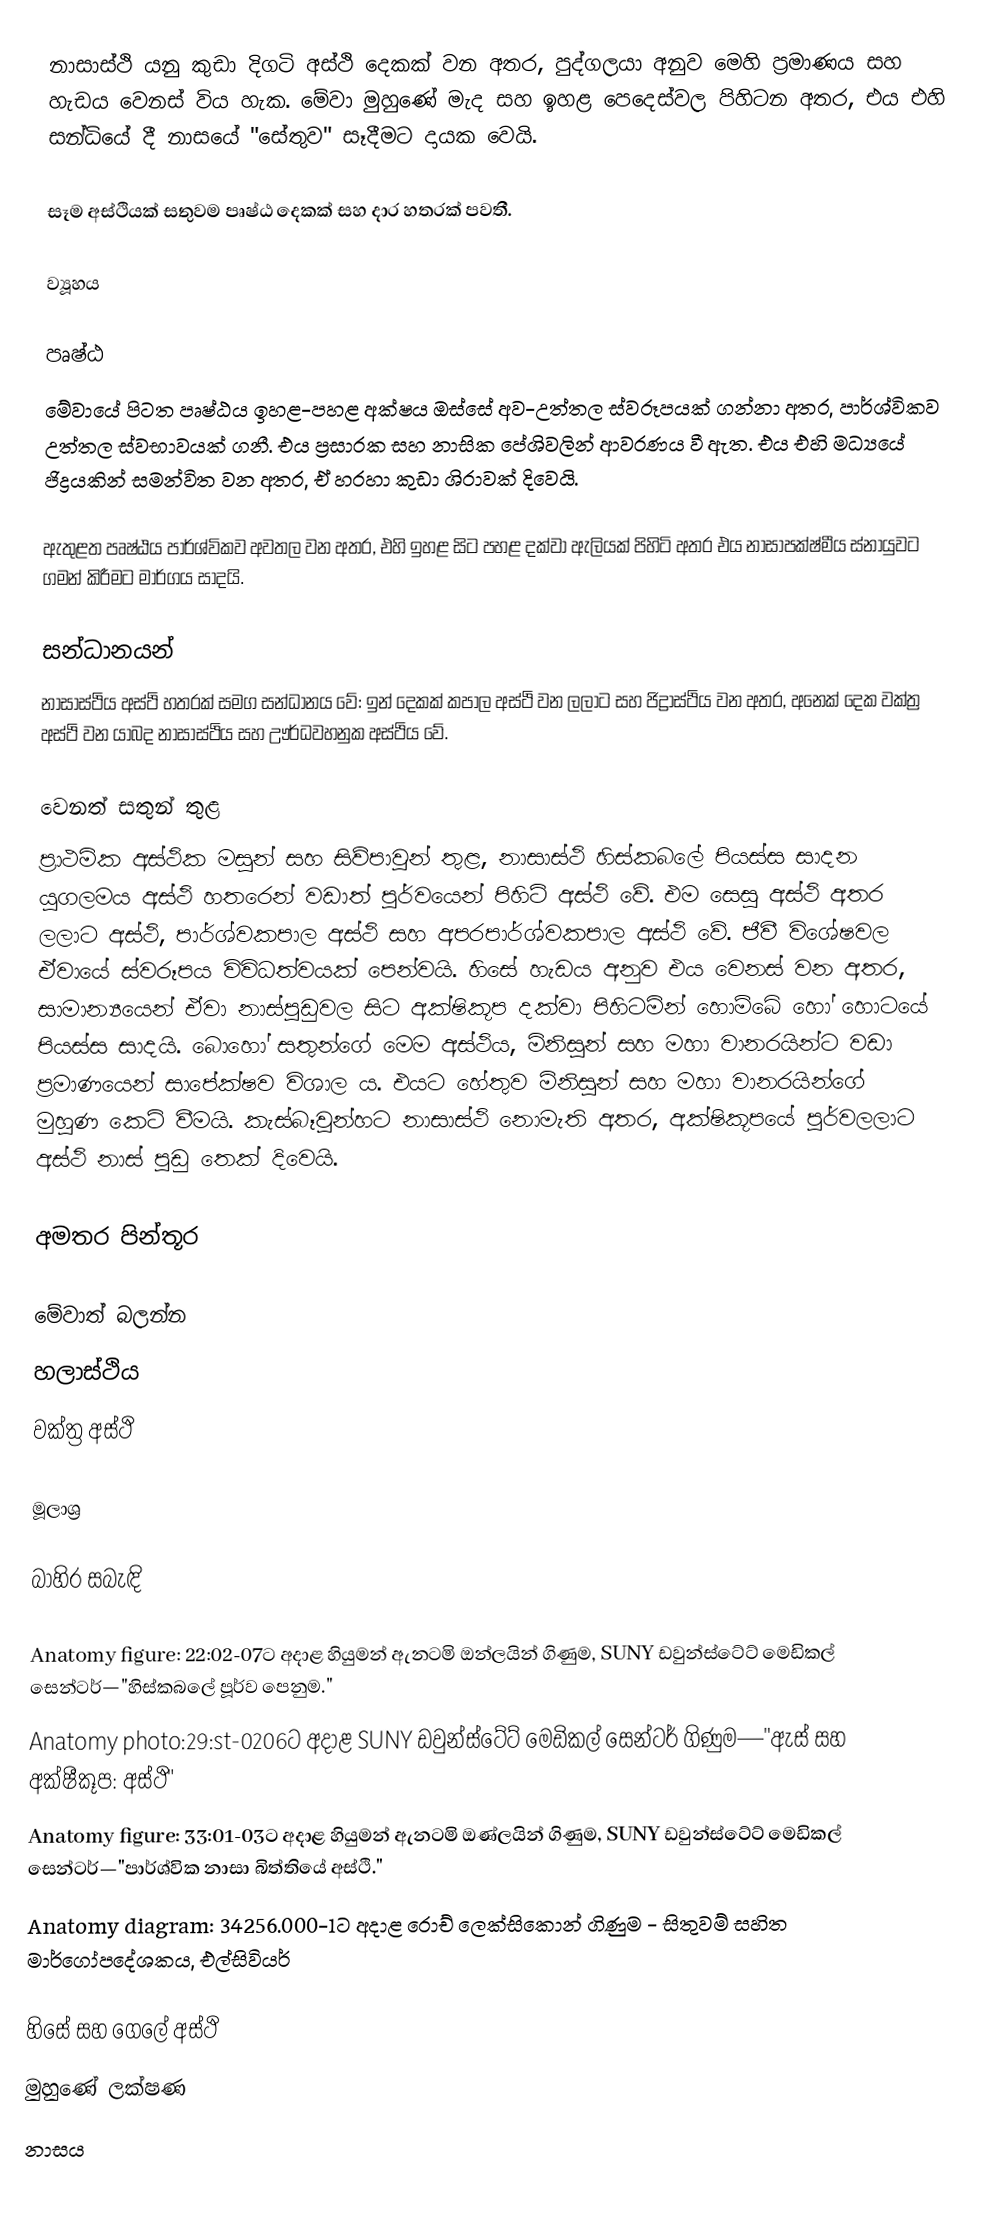
නාසාස්ථි යනු කුඩා දිගටි අස්ථි දෙකක් වන අතර, පුද්ගලයා අනුව මෙහි ප්‍රමාණය සහ හැඩය වෙනස් විය හැක. මේවා මුහුණේ මැද සහ ඉහළ පෙදෙස්වල පිහිටන අතර, එය එහි සන්ධියේ දී නාසයේ "සේතුව" සෑදීමට දායක වෙයි.

සෑම අස්ථියක් සතුවම පෘෂ්ඨ දෙකක් සහ දාර හතරක් පවතී.

ව්‍යූහය

පෘෂ්ඨ
මේවායේ පිටත පෘෂ්ඨය ඉහළ-පහළ අක්ෂය ඔස්සේ අව-උත්තල ස්වරූපයක් ගන්නා අතර, පාර්ශ්විකව උත්තල ස්වභාවයක් ගනී. එය ප්‍රසාරක සහ නාසික පේශිවලින් ආවරණය වී ඇත. එය එහි මධ්‍යයේ ජිද්‍රයකින් සමන්විත වන අතර, ඒ හරහා කුඩා ශිරාවක් දිවෙයි.

ඇතුළත පෘෂ්ඨය පාර්ශ්විකව අවතල වන අතර, එහි ඉහළ සිට පහළ දක්වා ඇලියක් පිහිටි අතර එය නාසාපක්ෂ්මීය ස්නායුවට ගමන් කිරීමට මාර්ගය සාදයි.

සන්ධානයන්
නාසාස්ථිය අස්ථි හතරක් සමග සන්ධානය වේ: ඉන් දෙකක් කපාල අස්ථි වන ලලාට සහ ජිද්‍රාස්ථිය වන අතර, අනෙක් දෙක වක්ත්‍ර අස්ථි වන යාබද නාසාස්ථිය සහ ඌර්ධවහනුක අස්ථිය වේ.

වෙනත් සතුන් තුළ
ප්‍රාථමික අස්ථික මසුන් සහ සිව්පාවුන් තුළ, නාසාස්ථි හිස්කබලේ පියස්ස සාදන යුගලමය අස්ථි හතරෙන් වඩාත් පූර්වයෙන් පිහිටි අස්ථි වේ. එම සෙසු අස්ථි අතර ලලාට අස්ථි, පාර්ශ්වකපාල අස්ථි සහ අපරපාර්ශ්වකපාල අස්ථි වේ. ජීවී විශේෂවල ඒවායේ ස්වරූපය විවිධත්වයක් පෙන්වයි. හිසේ හැඩය අනුව එය වෙනස් වන අතර, සාමාන්‍යයෙන් ඒවා නාස්පුඩුවල සිට අක්ෂිකූප දක්වා පිහිටමින් හොම්බේ හෝ හොටයේ පියස්ස සාදයි. බොහෝ සතුන්ගේ මෙම අස්ථිය, මිනිසුන් සහ මහා වානරයින්ට වඩා ප්‍රමාණයෙන් සාපේක්ෂව විශාල ය. එයට හේතුව මිනිසුන් සහ මහා වානරයින්ගේ මුහුණ කෙටි වීමයි. කැස්බෑවුන්හට නාසාස්ථි නොමැති අතර, අක්ෂිකූපයේ පූර්වලලාට අස්ථි නාස් පුඩු තෙක් දිවෙයි.

අමතර පින්තූර

මේවාත් බලන්න
හලාස්ථිය
වක්ත්‍ර අස්ථි

මූලාශ්‍ර

බාහිර සබැඳි

 Anatomy figure: 22:02-07ට අදාළ හියුමන් ඇනටමි ඔන්ලයින් ගිණුම, SUNY ඩවුන්ස්ටේට් මෙඩිකල් සෙන්ටර්—"හිස්කබලේ පූර්ව පෙනුම."
 Anatomy photo:29:st-0206ට අදාළ SUNY ඩවුන්ස්ටේට් මෙඩිකල් සෙන්ටර් ගිණුම—"ඇස් සහ අක්ෂීකූප: අස්ථි"
 Anatomy figure: 33:01-03ට අදාළ හියුමන් ඇනටමි ඔණ්ලයින් ගිණුම, SUNY ඩවුන්ස්ටේට් මෙඩිකල් සෙන්ටර්—"පාර්ශ්වික නාසා බිත්තියේ අස්ථි."
 Anatomy diagram: 34256.000-1ට අදාළ රොච් ලෙක්සිකොන් ගිණුම - සිතුවම් සහිත මාර්ගෝපදේශකය, එල්සිවියර්

හිසේ සහ ගෙලේ අස්ථි
මුහුණේ ලක්ෂණ
නාසය